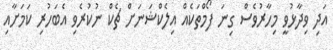
އަދި ވިދާޅުވީ މިހާރުވެސް ގިނަ ފޯމްތަކެއް އިލެކްޝަނަށް ޗެކް ނުކުރެވި އެބަހުރި ކަމަށާއި